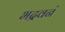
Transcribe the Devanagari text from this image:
भद्रवनं